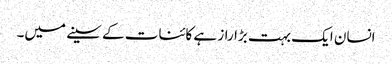
انسان ایک بہت بڑا راز ہے کائنات کے سینے میں۔